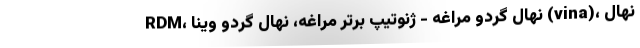
RDM، نهال گردو مراغه - ژنوتیپ برتر مراغه، نهال گردو وینا (vina)، نهال